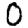
Digit: 0